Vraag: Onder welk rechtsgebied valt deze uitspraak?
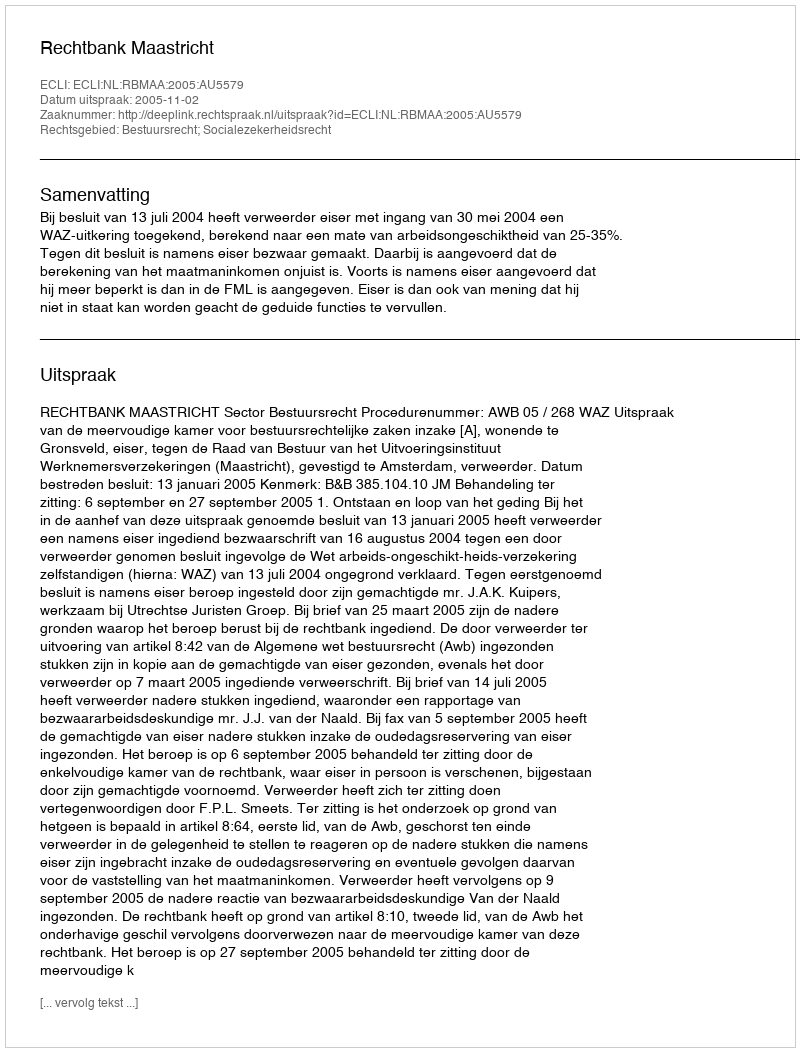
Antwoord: Bestuursrecht; Socialezekerheidsrecht